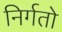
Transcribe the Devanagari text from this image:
निर्गतो